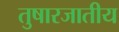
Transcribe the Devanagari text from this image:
तुषारजातीय